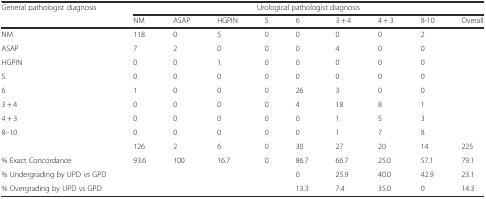
| <ROWSPAN=2> General pathologist diagnosis | <COLSPAN=9> Urological pathologist diagnosis |
 | NM | ASAP | HGPIN | 5 | 6 | 3 + 4 | 4 + 3 | 8-10 | Overall |
 | --- | --- | --- | --- | --- | --- | --- | --- | --- | --- |
 | NM | 118 | 0 | 5 | 0 | 0 | 0 | 0 | 2 |  |
 | ASAP | 7 | 2 | 0 | 0 | 0 | 4 | 0 | 0 |  |
 | HGPIN | 0 | 0 | 1 | 0 | 0 | 0 | 0 | 0 |  |
 | 5 | 0 | 0 | 0 | 0 | 0 | 0 | 0 | 0 |  |
 | 6 | 1 | 0 | 0 | 0 | 26 | 3 | 0 | 0 |  |
 | 3 + 4 | 0 | 0 | 0 | 0 | 4 | 18 | 8 | 1 |  |
 | 4 + 3 | 0 | 0 | 0 | 0 | 0 | 1 | 5 | 3 |  |
 | 8–10 | 0 | 0 | 0 | 0 | 0 | 1 | 7 | 8 |  |
 |  | 126 | 2 | 6 | 0 | 30 | 27 | 20 | 14 | 225 |
 | % Exact Concordance | 93.6 | 100 | 16.7 | 0 | 86.7 | 66.7 | 25.0 | 57.1 | 79.1 |
 | % Undergrading by UPD vs GPD |  |  |  |  | 0 | 25.9 | 40.0 | 42.9 | 23.1 |
 | % Overgrading by UPD vs GPD |  |  |  |  | 13.3 | 7.4 | 35.0 | 0 | 14.3 |